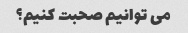
می توانیم صحبت کنیم؟